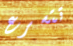
تتسرع